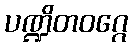
ပဏ္ဍိတဝဂ္ဂေ